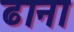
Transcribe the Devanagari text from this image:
ढाना